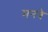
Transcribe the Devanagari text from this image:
मनवे